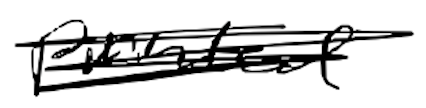
Text: printed
Cross-out: scratch
Writing tool: digital_black